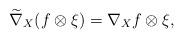
LaTeX: \begin{align*}\widetilde{\nabla}_{X}(f\otimes\xi)=\nabla_{X}f\otimes\xi,\end{align*}